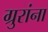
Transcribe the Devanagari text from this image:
ग्रुरांना